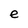
Character: e